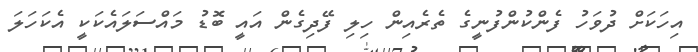
އިހަކަށް ދުވަހު ފެންކުންފުނީގެ ތެރެއިން ހިލި ފޭދިގެން އައީ ބޮޑު މައްސަލައެކަކީ އެކަހަލަ